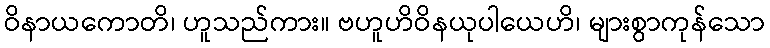
ဝိနာယကောတိ၊ ဟူသည်ကား။ ဗဟူဟိဝိနယုပါယေဟိ၊ များစွာကုန်သော